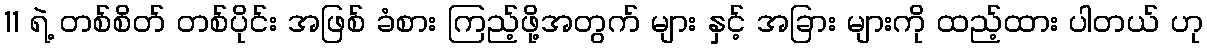
11 ရဲ့ တစ်စိတ် တစ်ပိုင်း အဖြစ် ခံစား ကြည့်ဖို့အတွက် များ နှင့် အခြား များကို ထည့်ထား ပါတယ် ဟု